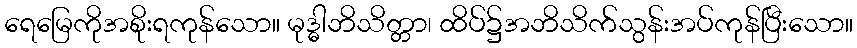
ရေမြေကိုအစိုးရကုန်သော။ မုဒ္ဓါဘိသိတ္တာ၊ ထိပ်၌အဘိသိက်သွန်းအပ်ကုန်ပြီးသော။